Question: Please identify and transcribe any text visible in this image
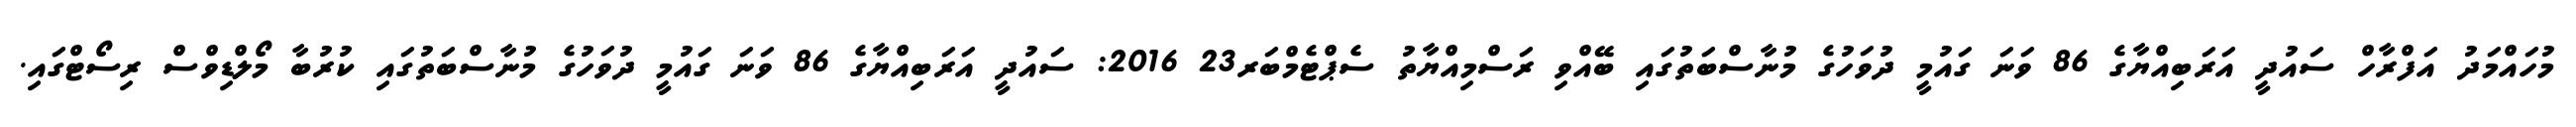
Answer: މުހައްމަދު އަފްރާހް ސައުދީ އަރަބިއްޔާގެ 86 ވަނަ ގައުމީ ދުވަހުގެ މުނާސްބަތުގައި ބޭއްވި ރަސްމިއްޔާތު ސެޕްޓެމްބަރ23 2016: ސައުދީ އަރަބިއްޔާގެ 86 ވަނަ ގައުމީ ދުވަހުގެ މުނާސްބަތުގައި ކުރުބާ މޯލްޑިވްސް ރިސޯޓްގައި.